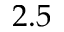
2 . 5